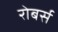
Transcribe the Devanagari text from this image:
रोबर्स